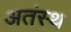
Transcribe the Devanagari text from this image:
अतंस्थ